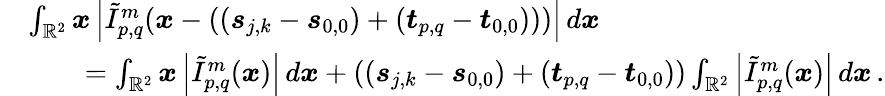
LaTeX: \begin{array}{rl}&{\int_{\mathbb{R}^{2}}\boldsymbol{x}\left\vert\tilde{I}_{p,q}^{m}(\boldsymbol{x}-\left(\left(\boldsymbol{s}_{j,k}-\boldsymbol{s}_{0,0}\right)+\left(\boldsymbol{t}_{p,q}-\boldsymbol{t}_{0,0}\right)\right))\right\vert\, d\boldsymbol{x}}\\ &{\qquad=\int_{\mathbb{R}^{2}}\boldsymbol{x}\left\vert\tilde{I}_{p,q}^{m}(\boldsymbol{x})\right\vert\, d\boldsymbol{x}+\left(\left(\boldsymbol{s}_{j,k}-\boldsymbol{s}_{0,0}\right)+\left(\boldsymbol{t}_{p,q}-\boldsymbol{t}_{0,0}\right)\right)\int_{\mathbb{R}^{2}}\left\vert\tilde{I}_{p,q}^{m}(\boldsymbol{x})\right\vert\, d\boldsymbol{x}\, .}\end{array}